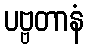
ပဗ္ဗတာနံ